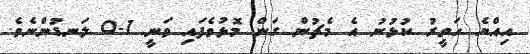
އިއްޔެ ހަވީރު ކުޅުނު އެ މެޗުން ގަން މޮޅުވެފައި ވަނީ 1-0 ލަނޑުންނެވެ.